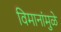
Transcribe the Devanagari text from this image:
विमानांमुळे